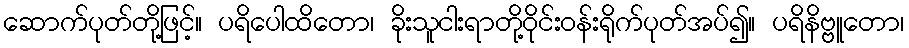
ဆောက်ပုတ်တို့ဖြင့်။ ပရိပေါထိတော၊ ခိုးသူငါးရာတို့ဝိုင်းဝန်းရိုက်ပုတ်အပ်၍။ ပရိနိဗ္ဗူတော၊